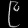
Digit: ၉